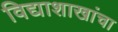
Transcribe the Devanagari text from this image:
विद्याशाखांचा